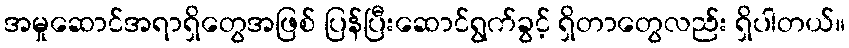
အမှုဆောင်အရာရှိတွေအဖြစ် ပြန်ပြီးဆောင်ရွက်ခွင့် ရှိတာတွေလည်း ရှိပါတယ်။